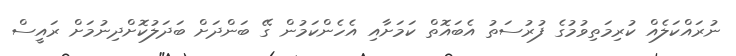
ނުރައްކަލެއް ކުރިމަތިވުމުގެ ފުރުސަތު އެބައޮތް ކަމަށާއި އެހެންކަމުން ގޭ ބަންދަށް ބަދަލުކޮށްދިނުމަށް ރައީސް